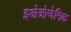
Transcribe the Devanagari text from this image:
इओत्रोजेनिक